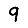
Digit: 9